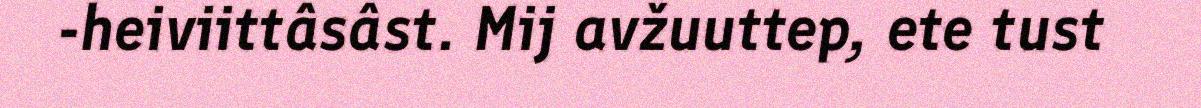
-heiviittâsâst. Mij avžuuttep, ete tust